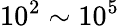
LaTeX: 10^{2}\sim 10^{5}